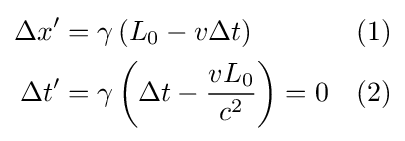
{\begin{aligned}\Delta x'&=\gamma \left(L_{0}-v\Delta t\right)&(1)\\\Delta t'&=\gamma \left(\Delta t-{\frac {vL_{0}}{c^{2}}}\right)=0&(2)\end{aligned}}